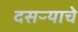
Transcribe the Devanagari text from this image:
दसऱ्याचे